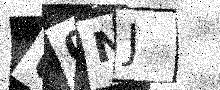
Text: U0NJ